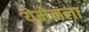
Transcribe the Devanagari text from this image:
येमेनला